Civil Veterinary Department Bengal reports 1933-51 - 1933-1951
Year: 1933
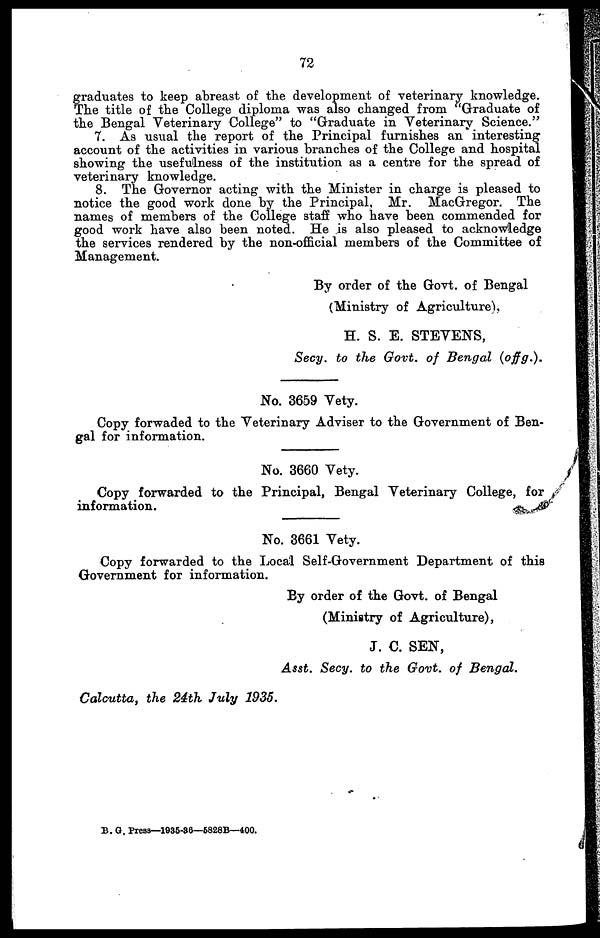
72
graduates to keep abreast of the development of veterinary knowledge.
The title of the College diploma was also changed from Graduate of
the Bengal Veterinary College" to "Graduate in Veterinary Science."
7. As usual the report of the Principal furnishes an interesting
account of the activities in various branches of the College and hospital
showing the usefulness of the institution as a centre for the spread of
veterinary knowledge.
8. The Governor acting with the Minister in charge is pleased to
notice the good work done by the Principal, Mr. MacGregor. The
names of members of the College staff who have been commended for
good work have also been noted. He is also pleased to acknowledge
the services rendered by the non-official members of the Committee of
Management.
By order of the Govt. of Bengal
(Ministry of Agriculture),
H. S. E. STEVENS,
Secy. to the Govt. of Bengal
(offg.).
No. 3659 Vety.
Copy forwaded to the Veterinary Adviser to the Government of Ben-
gal for information.
No. 3660 Vety.
Copy forwarded to the Principal, Bengal Veterinary College, for
information.
No. 3661 Vety.
Copy forwarded to the Local Self-Government Department of this
Government for information.
By order of the Govt. of Bengal
(Ministry of Agriculture),
J. C. SEN,
Asst. Secy. to the Govt. of Bengal.
Calcutta, the 24th July 1935.
B. G. Press—1935-36—5828B—400.